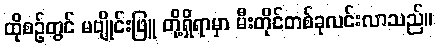
ထိုစဉ်တွင် မဗျိုင်းဖြူ တို့ရှိရာမှာ မီးတိုင်တစ်ခုလင်းလာသည်။